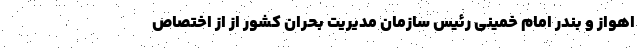
اهواز و بندر امام خمینی رئیس سازمان مدیریت بحران کشور از از اختصاص